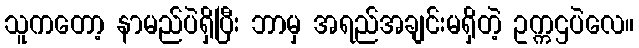
သူကတော့ နာမည်ပဲရှိပြီး ဘာမှ အရည်အချင်းမရှိတဲ့ ဥက္ကဌပဲလေ။